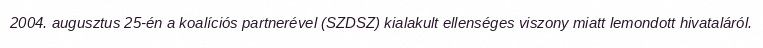
2004. augusztus 25-én a koalíciós partnerével (SZDSZ) kialakult ellenséges viszony miatt lemondott hivataláról.